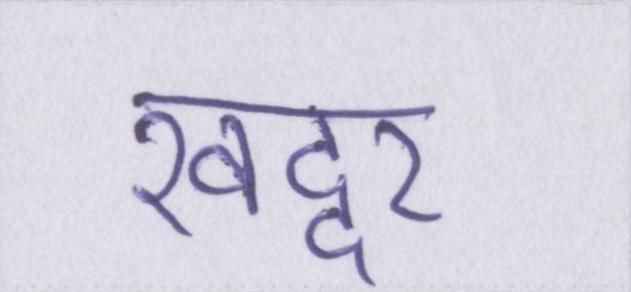
खद्दर